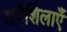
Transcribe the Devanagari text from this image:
सर्पशिलाएँ